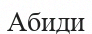
Абиди